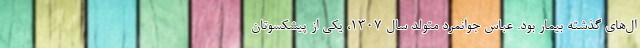
ال‌های گذشته بیمار بود. عباس جوانمرد متولد سال ۱۳۰۷، یکی از پیشکسوتان